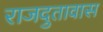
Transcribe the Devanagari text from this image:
राजदुतावास